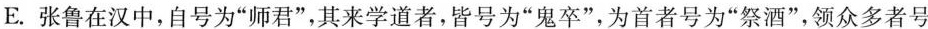
E.张鲁在汉中，自号为”师君”，其来学道者，皆号为”鬼卒”，为首者号为”祭酒”，领众多者号